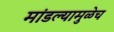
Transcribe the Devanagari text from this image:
मांडल्यामुळेच